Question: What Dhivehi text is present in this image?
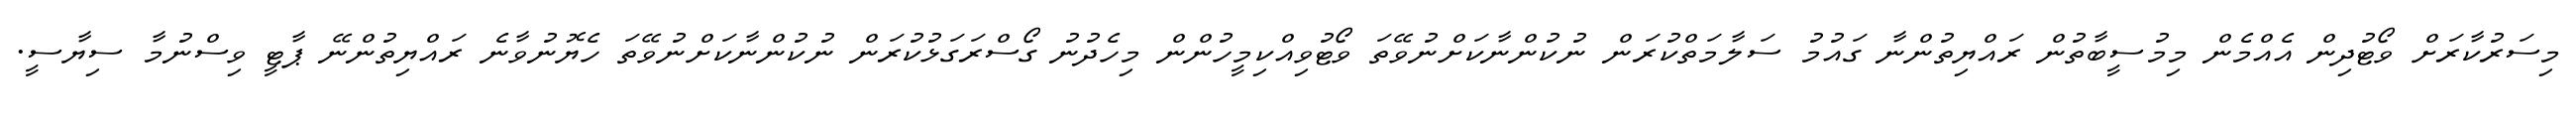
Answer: މިސަރުކާރަށް ވޯޓުދިން އެއްމެން މިމުސީބާތުން ރައްޔިތުންނާ ގައުމު ސަލާމަތްކުރަން ނުކުންނާކަށްނުވޭތަ ވޯޓުވިއްކިމީހުންން މިހެދުނު ގޯސްރަގަޅުކުރަން ނުކުންނާކަށްނުވޭތަ ހެޔޮނުވާނެ ރައްޔިތުންނޭ ޕާޓީ ވިސްނުމާ ސިޔާސީ.